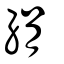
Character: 絹